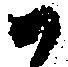
御